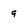
Character: q